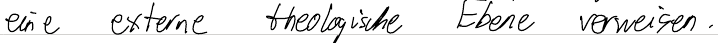
eine externe theologische Ebene verweisen.